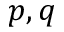
p , q